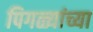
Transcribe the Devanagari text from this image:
पिगळ्यांच्या